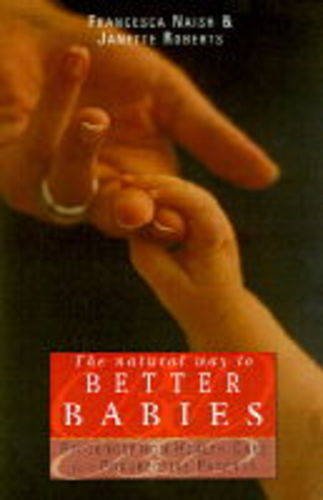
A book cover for The Natural Way to Better Babies: Preconception Health Care for Prospective Parents; Francesca Naish; Parenting & Relationships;